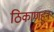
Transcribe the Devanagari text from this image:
ठिकाणहून